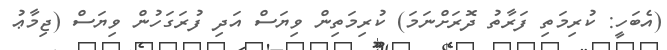
(އެބަހީ: ކުރިމަތި ފަރާތު ދޮރަށްނަމަ) ކުރިމަތިން ވިޔަސް އަދި ފުރަގަހުން ވިޔަސް (ޖިމާޢު